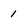
Character: 1